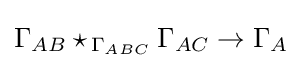
\Gamma _{AB}\star _{\,\Gamma _{ABC}}\Gamma _{AC}\rightarrow \Gamma _{A}